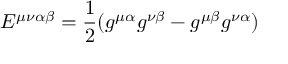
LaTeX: E ^ { \mu \nu \alpha \beta } = \frac { 1 } { 2 } ( g ^ { \mu \alpha } g ^ { \nu \beta } - g ^ { \mu \beta } g ^ { \nu \alpha } )